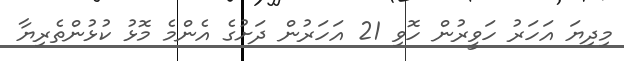
މިދިޔަ އަހަރު ހަވީރުން ހޮވި 21 އަހަރުން ދަށުގެ އެންމެ މޮޅު ކުޅުންތެރިޔާ